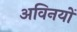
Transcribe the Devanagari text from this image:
अविनयों